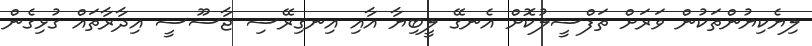
ލިޔެކިޔުންތަކުން ވަރަށް ތަފްސީލުކޮށް އެނގޭ ލީބިޔާ އާއި އިނގިރޭސި ޖާސޫސީ އިދާރާތައް ގުޅިގެން